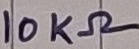
Text: 10KΩ